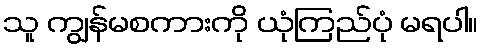
သူ ကျွန်မစကားကို ယုံကြည်ပုံ မရပါ။